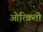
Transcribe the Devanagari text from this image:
ओत्क्रिती